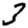
Digit: 3